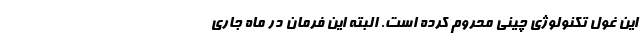
این غول تکنولوژی چینی محروم کرده است. البته این فرمان در ماه جاری